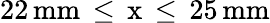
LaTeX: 22\, \mathrm{{mm}\, \leq\, x\, \leq\, 25\, \mathrm{{mm}}}